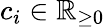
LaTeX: c_{i}\in{\mathbb{R}}_{\geq 0}